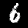
Label: 6